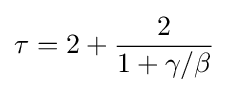
\tau =2+{\frac {2}{1+\gamma /\beta }}